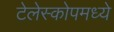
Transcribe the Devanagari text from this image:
टेलेस्कोपमध्ये